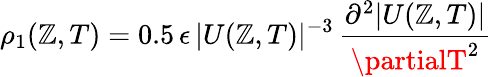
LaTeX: \rho_{1}(\mathbb{Z},T)=0.5\, \epsilon\, |U(\mathbb{Z},T)|^{-3}\, \frac{{\partial^{2}|U(\mathbb{Z},T)|}}{{\partialT^{2}}}